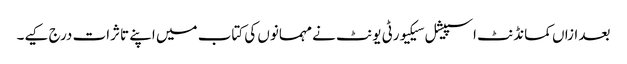
بعد ازاں کمانڈنٹ اسپیشل سیکیورٹی یونٹ نے مہمانوں کی کتاب میں اپنے تاثرات درج کیے۔